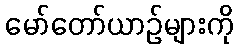
မော်တော်ယာဉ်များကို